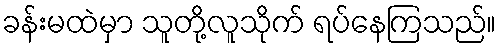
ခန်းမထဲမှာ သူတို့လူသိုက် ရပ်နေကြသည်။